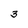
Character: 3